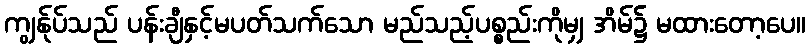
ကျွန်ုပ်သည် ပန်းချီနှင့်မပတ်သက်သော မည်သည့်ပစ္စည်းကိုမျှ အိမ်၌ မထားတော့ပေ။